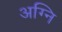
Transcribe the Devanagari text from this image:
अग्‍नि